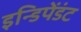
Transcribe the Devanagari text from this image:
इन्डिपेंडंट